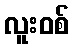
လူးဝစ်